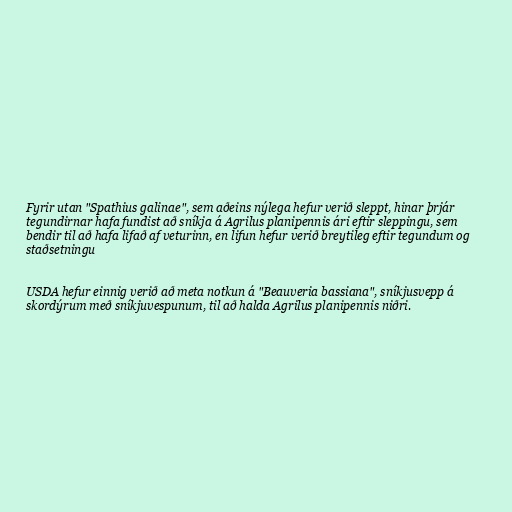
Fyrir utan "Spathius galinae", sem aðeins nýlega hefur verið sleppt, hinar þrjár
tegundirnar hafa fundist að sníkja á Agrilus planipennis ári eftir sleppingu, sem
bendir til að hafa lifað af veturinn, en lifun hefur verið breytileg eftir tegundum og
staðsetningu

USDA hefur einnig verið að meta notkun á "Beauveria bassiana", sníkjusvepp á
skordýrum með sníkjuvespunum, til að halda Agrilus planipennis niðri.